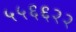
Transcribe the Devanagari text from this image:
५५६६२२